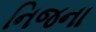
નિજના